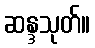
ဆန္ဒသုတ်။